Annual administration and progress report of the Indian Medical Department, Bombay
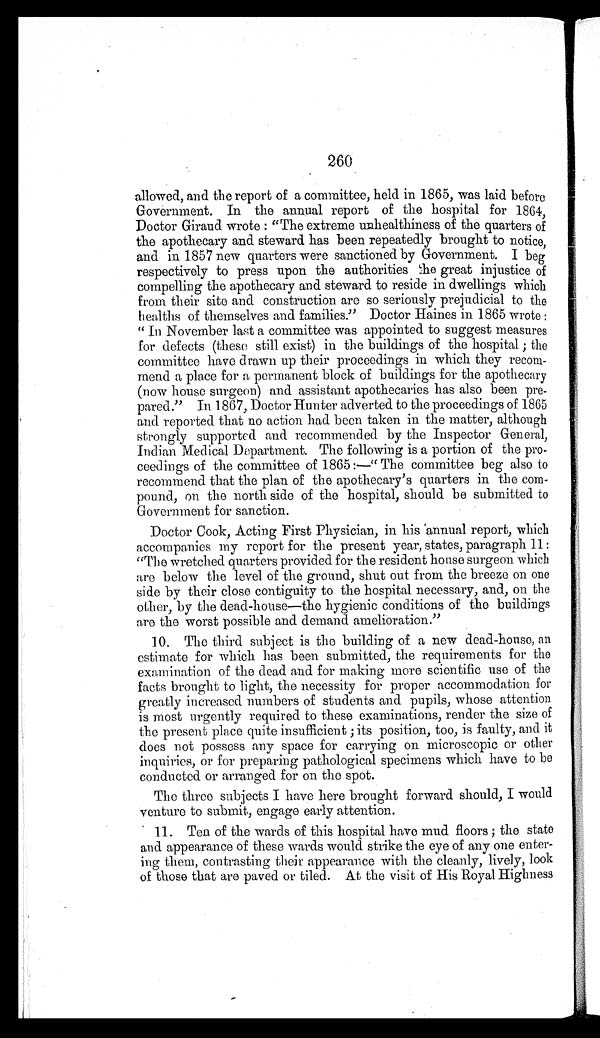
260
allowed, and the report of a committee, held in 1865, was laid before
Government. In the annual report of the hospital for 1864,
Doctor Giraud wrote : "The extreme unhealthiness of the quarters of
the apothecary and steward has been repeatedly brought to notice,
and in 1857 new quarters were sanctioned by Government. I beg
respectively to press upon the authorities the great injustice of
compelling the apothecary and steward to reside in dwellings which
from their site and construction are so seriously prejudicial to the
healhs of themselves and families." Doctor Haines in 1865 wrote :
"In November last a committee was appointed to suggest measures
for defects (these still exist) in the buildings of the hospital; the
committee have drawn up their proceedings in which they recom
-mend a place for a permanent block of buildings for the apothecary
(now house surgeon) and assistant apothecaries has also been pre
-pared." In 1867, Doctor Hunter adverted to the proceedings of 1865
and reported that no action had been taken in the matter, although
strongly supported and recommended by the Inspector General,
Indian Medical Department. The following is a portion of the pro
-ceedings of the committee of 1865 The committee beg also to
recommend that the plan of the apothecary's quarters in the com
-pound, on the north side of the hospital, should be submitted to
Government for sanction.
Doctor Cook, Acting First Physician, in his annual report, which
accompanies my report for the present year, states, paragraph 11:
"The wretched quarters provided for the resident house surgeon which
are below the level of the ground, shut out from the breeze on one
side by their close contiguity to the hospital necessary, and, on the
other, by the dead-house—the hygienic conditions of the buildings
are the worst possible and demand amelioration."
10. The third subject is the building of a new dead-house, an
estimate for which has been submitted, the requirements for the
examination of the dead and for making more scientific use of the
facts brought to light, the necessity for proper accommodation for
greatly increased numbers of students and pupils, whose attention
is most urgently required to these examinations, render the size of
the present place quite insufficient; its position, too, is faulty, and it
does not possess any space for carrying on microscopic or other
inquiries, or for preparing pathological specimens which have to be
conducted or arranged for on the spot.
The three subjects I have here brought forward should, I would
venture to submit, engage early attention.
11. Ten of the wards of this hospital have mud floors; the state
and appearance of these wards would strike the eye of any one enter
- i n g t h e m , c o n t r a s t i n g t h e i r a p p e a r a n c e w i t h t h e c l e a n l y , l i v e l y , l o o k
of those that are paved or tiled. At the visit of His Royal Highness